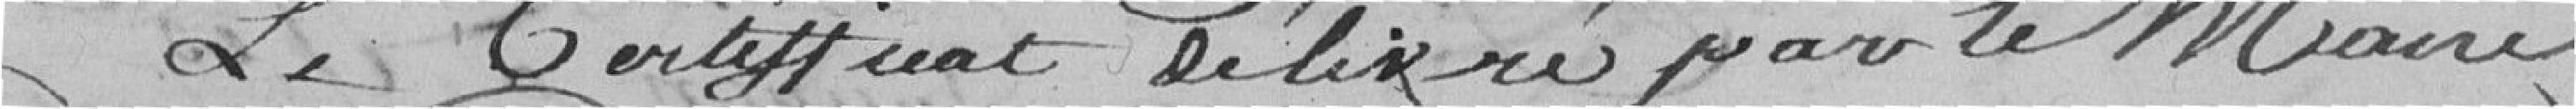
Le certificat délivré par le Maire